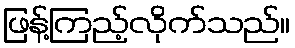
ဖြန့်ကြည့်လိုက်သည်။